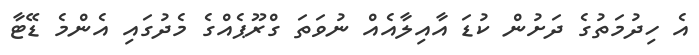
އެ ހިދުމަތުގެ ދަށުން ކުޑަ އާއިލާއެއް ނުވަތަ ގްރޫޕެއްގެ މެދުގައި އެންމެ ޑޭޓާ